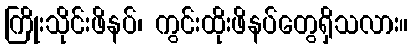
ကြိုးသိုင်းဖိနပ်၊ ကွင်းထိုးဖိနပ်တွေရှိသလား။